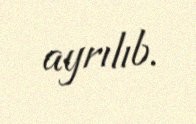
ayrılıb.